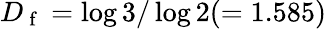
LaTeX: D_{\mathrm{~f~}}=\log 3/\log 2(=1.585)